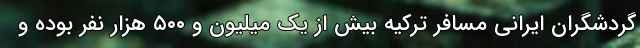
گردشگران ایرانی مسافر ترکیه بیش از یک میلیون و ۵۰۰ هزار نفر بوده و